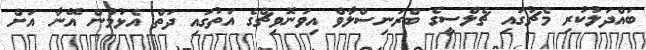
ބައްދަލުކުރި މެޗުގައި ޗެލްސީގެ ބްރަނިސްލާވް އިވަނޮވިޗްގެ އަތުގައި ދަތް އެޅުމުން އޭނާ އަށް